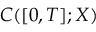
C ( [ 0 , T ] ; X )